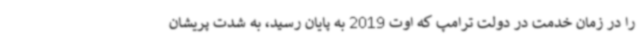
را در زمان خدمت در دولت ترامپ که اوت 2019 به پایان رسید، به شدت پریشان